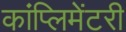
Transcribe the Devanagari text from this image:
कांप्लिमेंटरी